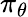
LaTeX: \pi_{\theta}